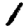
Digit: 1